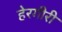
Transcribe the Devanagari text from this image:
हेरगीरी